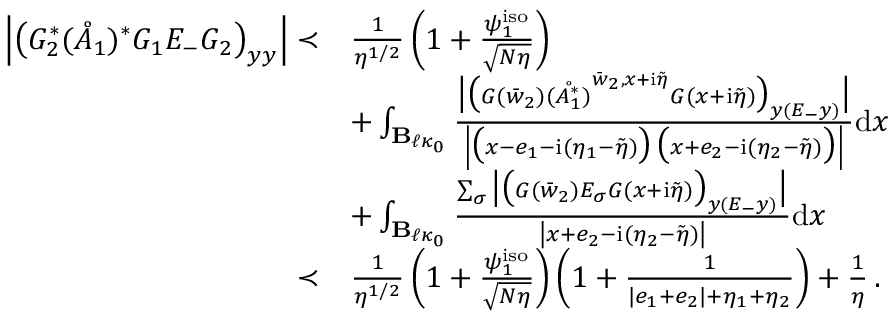
\begin{array} { r l } { \left| \big ( G _ { 2 } ^ { * } ( \mathring { A } _ { 1 } ) ^ { * } G _ { 1 } E _ { - } G _ { 2 } \big ) _ { \boldsymbol { y } \boldsymbol { y } } \right| \prec } & { \frac { 1 } { \eta ^ { 1 / 2 } } \left( 1 + \frac { \psi _ { 1 } ^ { \mathrm { i s o } } } { \sqrt { N \eta } } \right) } \\ & { + \int _ { \mathbf { B } _ { \ell \kappa _ { 0 } } } \frac { \big | \big ( G ( \bar { w } _ { 2 } ) \mathring { ( A _ { 1 } ^ { * } ) } ^ { \bar { w } _ { 2 } , x + \mathrm { i } \tilde { \eta } } G ( x + \mathrm { i } \tilde { \eta } ) \big ) _ { \boldsymbol { y } ( E _ { - } \boldsymbol { y } ) } \big | } { \left| \big ( x - e _ { 1 } - \mathrm { i } ( \eta _ { 1 } - \tilde { \eta } ) \big ) \, \big ( x + e _ { 2 } - \mathrm { i } ( \eta _ { 2 } - \tilde { \eta } ) \big ) \right| } \mathrm { d } x } \\ & { + \int _ { \mathbf { B } _ { \ell \kappa _ { 0 } } } \frac { \sum _ { \sigma } \big | \big ( G ( \bar { w } _ { 2 } ) E _ { \sigma } G ( x + \mathrm { i } \tilde { \eta } ) \big ) _ { \boldsymbol { y } ( E _ { - } \boldsymbol { y } ) } \big | } { \left| x + e _ { 2 } - \mathrm { i } ( \eta _ { 2 } - \tilde { \eta } ) \right| } \mathrm { d } x } \\ { \prec } & { \frac { 1 } { \eta ^ { 1 / 2 } } \left( 1 + \frac { \psi _ { 1 } ^ { \mathrm { i s o } } } { \sqrt { N \eta } } \right) \left( 1 + \frac { 1 } { | e _ { 1 } + e _ { 2 } | + \eta _ { 1 } + \eta _ { 2 } } \right) + \frac { 1 } { \eta } \, . } \end{array}